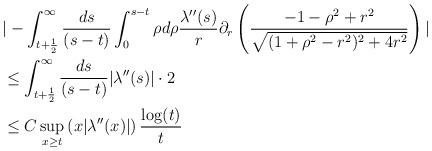
LaTeX: \begin{align*} &|-\int_{t+\frac{1}{2}}^{\infty} \frac{ds}{(s-t)} \int_{0}^{s-t} \rho d\rho \frac{\lambda''(s)}{r} \partial_{r}\left(\frac{-1-\rho^{2}+r^{2}}{\sqrt{(1+\rho^{2}-r^{2})^{2}+4r^{2}}}\right)|\\&\leq \int_{t+\frac{1}{2}}^{\infty} \frac{ds}{(s-t)} |\lambda''(s)| \cdot 2\\&\leq C \sup_{x \geq t}\left(x|\lambda''(x)|\right) \frac{\log(t)}{t}\end{align*}